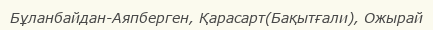
Бұланбайдан-Аяпберген, Қарасарт(Бақытғали), Ожырай